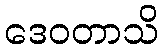
ဒေဝတာသိ